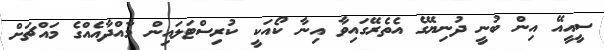
ސީއީއޭ އިން ބުނީ ދުނިޔޭގެ އެތެރޭގައިވާ އިނާ ކޯއަކީ ކުރިސްޓަލައިން މާއްދާއެއްގެ މައްޗަށް